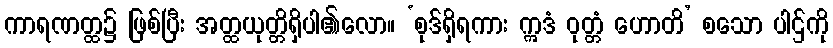
ကာရဏတ္ထ၌ ဖြစ်ပြီး အတ္ထယုတ္တိရှိပါ၏လော။ ‘စုဒ်ရှိရကား ဣဒံ ဝုတ္တံ ဟောတိ’ စသော ပါဌ်ကို